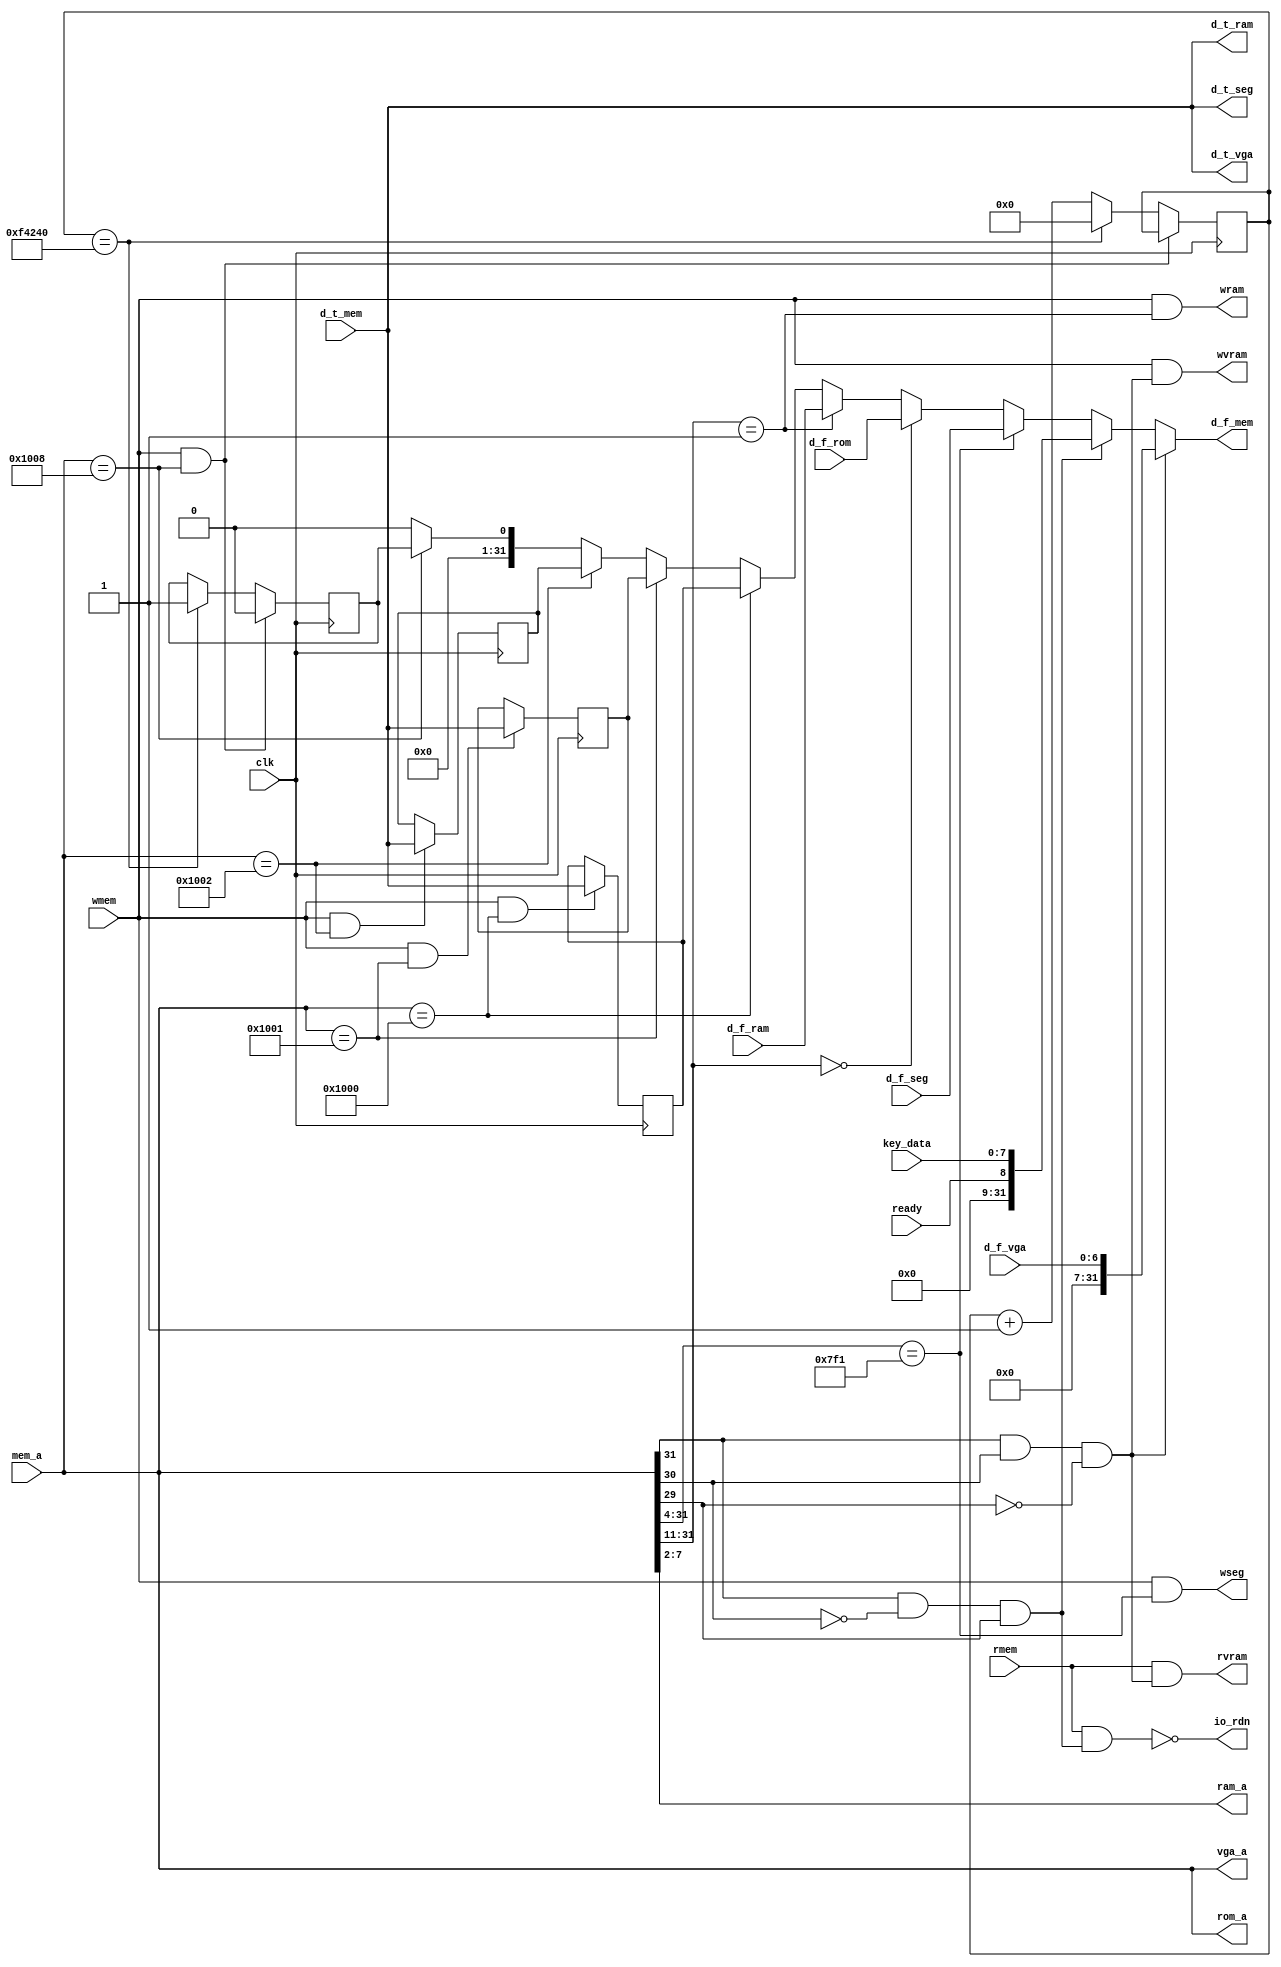
`timescale 1ns / 1ps
module mio_bus(
    input clk,
    input [31:0] mem_a,
    input [31:0] d_t_mem,
    output [31:0] d_f_mem,
    input wmem,
    input rmem,

    output [31:0] vga_a,
    output [31:0] d_t_vga,
    input [6:0] d_f_vga,
    output wvram,
    output rvram,

    output io_rdn,
    input ready,
    input [7:0] key_data,

    input [31:0] d_f_seg,
    output [31:0] d_t_seg,
    output wseg,

    output  [31:0]  rom_a,
    input   [31:0]  d_f_rom,

    output  [5:0]   ram_a,
    // output  [8:0]   ram_a,
    input   [31:0]  d_f_ram,
    output  wram,
    output  [31:0]  d_t_ram
    );

    // assign write   =   wmem & ~io_space & ~vr_space; // not io not vr

    //****************************************
    // vram       space: c000_0000 - dfff_ffff
    wire vr_space = mem_a[31] & mem_a[30] & ~mem_a[29];
    assign vga_a = mem_a;
    assign d_t_vga = d_t_mem;
    assign wvram   =   wmem & vr_space;  // char ram write
    assign rvram   =   rmem & vr_space;  // char ram read


    //****************************************
    // i/o        space: a000_0000 - bfff_ffff
    wire io_space = mem_a[31] & ~mem_a[30] & mem_a[29];
    assign io_rdn  = ~(rmem & io_space); // i/o read, active low  


    //****************************************
    // led        space: 0000_7f00 - 0000_7f0f


    //****************************************
    // segment    space: 0000_7f10 - 0000_7f1f
    wire segment_space = (mem_a[31:4] == 28'h00007f1);
    assign d_t_seg = d_t_mem;
    assign wseg = wmem & segment_space;


    //****************************************
    // rom        space: 0000_0000 - 0000_07ff
    wire rom_space = (mem_a[31:11] == 21'h0);
    assign rom_a = mem_a;

    //****************************************
    // ram        space: 0000_0800 - 0000_0fff
    wire ram_space = (mem_a[31:11] == 21'h1);
    assign ram_a = mem_a[7:2];
    assign wram = wmem & ram_space;
    assign d_t_ram = d_t_mem;

    // wire ram_space = (mem_a[31:11] == 21'h0);
    // assign ram_a = mem_a[10:2];
    // assign wram = wmem & ram_space;
    // assign d_t_ram = d_t_mem;


    //****************************************
    // cursor     space: 0000_1000 - 0000_1001
    wire cursor_row_space       = (mem_a[31:0] == 32'h00001000);
    reg [31:0] cursor_row = 0; 
    always @(negedge clk) begin
        if (wmem & cursor_row_space)
            cursor_row    <= d_t_mem;
    end
    wire cursor_column_space    = (mem_a[31:0] == 32'h00001001);
    reg [31:0] cursor_column = 0; 
    always @(negedge clk) begin
        if (wmem & cursor_column_space)
            cursor_column    <= d_t_mem;
    end

    //****************************************
    // keyboard   space: 0000_1002 - 0000_1007
    wire keyboard_f0_space      = (mem_a[31:0] == 32'h00001002);
    reg [31:0] keyboard_f0 = 0; 
    always @(negedge clk) begin
        if (wmem & keyboard_f0_space)
            keyboard_f0    <= d_t_mem;
    end

    //****************************************
    // timer      space: 0000_1008 - 0000_100f
    wire timer_25Hz_space       = (mem_a[31:0] == 32'h00001008);
    reg [31:0] timer_25Hz = 0;
    reg time_interrupt = 0;
    always @(negedge clk)begin // 100MHz/25Hz = 4M
        if(wmem && timer_25Hz_space)begin
            time_interrupt <= 0;
        end
        // else if (timer_25Hz == 32'd4000000) begin // 25Hz
        else if (timer_25Hz == 32'd1000000) begin // 100Hz
            timer_25Hz <= 0;
            time_interrupt <= 1;
        end
        else begin
            timer_25Hz <= timer_25Hz + 1;
        end
    end
    
    assign d_f_mem = 
        vr_space ? {25'h0,d_f_vga} :
        io_space ? {23'h0,ready,key_data} :
        segment_space ? d_f_seg:
        rom_space ? d_f_rom:
        ram_space ? d_f_ram:
        cursor_row_space ? cursor_row:
        cursor_column_space ? cursor_column:
        keyboard_f0_space ? keyboard_f0:
        timer_25Hz_space ? {31'h0,time_interrupt} :
        32'h0 ;


endmodule